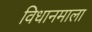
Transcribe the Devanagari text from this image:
विधानमाला